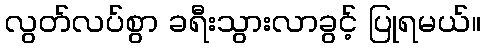
လွတ်လပ်စွာ ခရီးသွားလာခွင့် ပြုရမယ်။